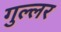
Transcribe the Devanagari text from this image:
गुल्लर